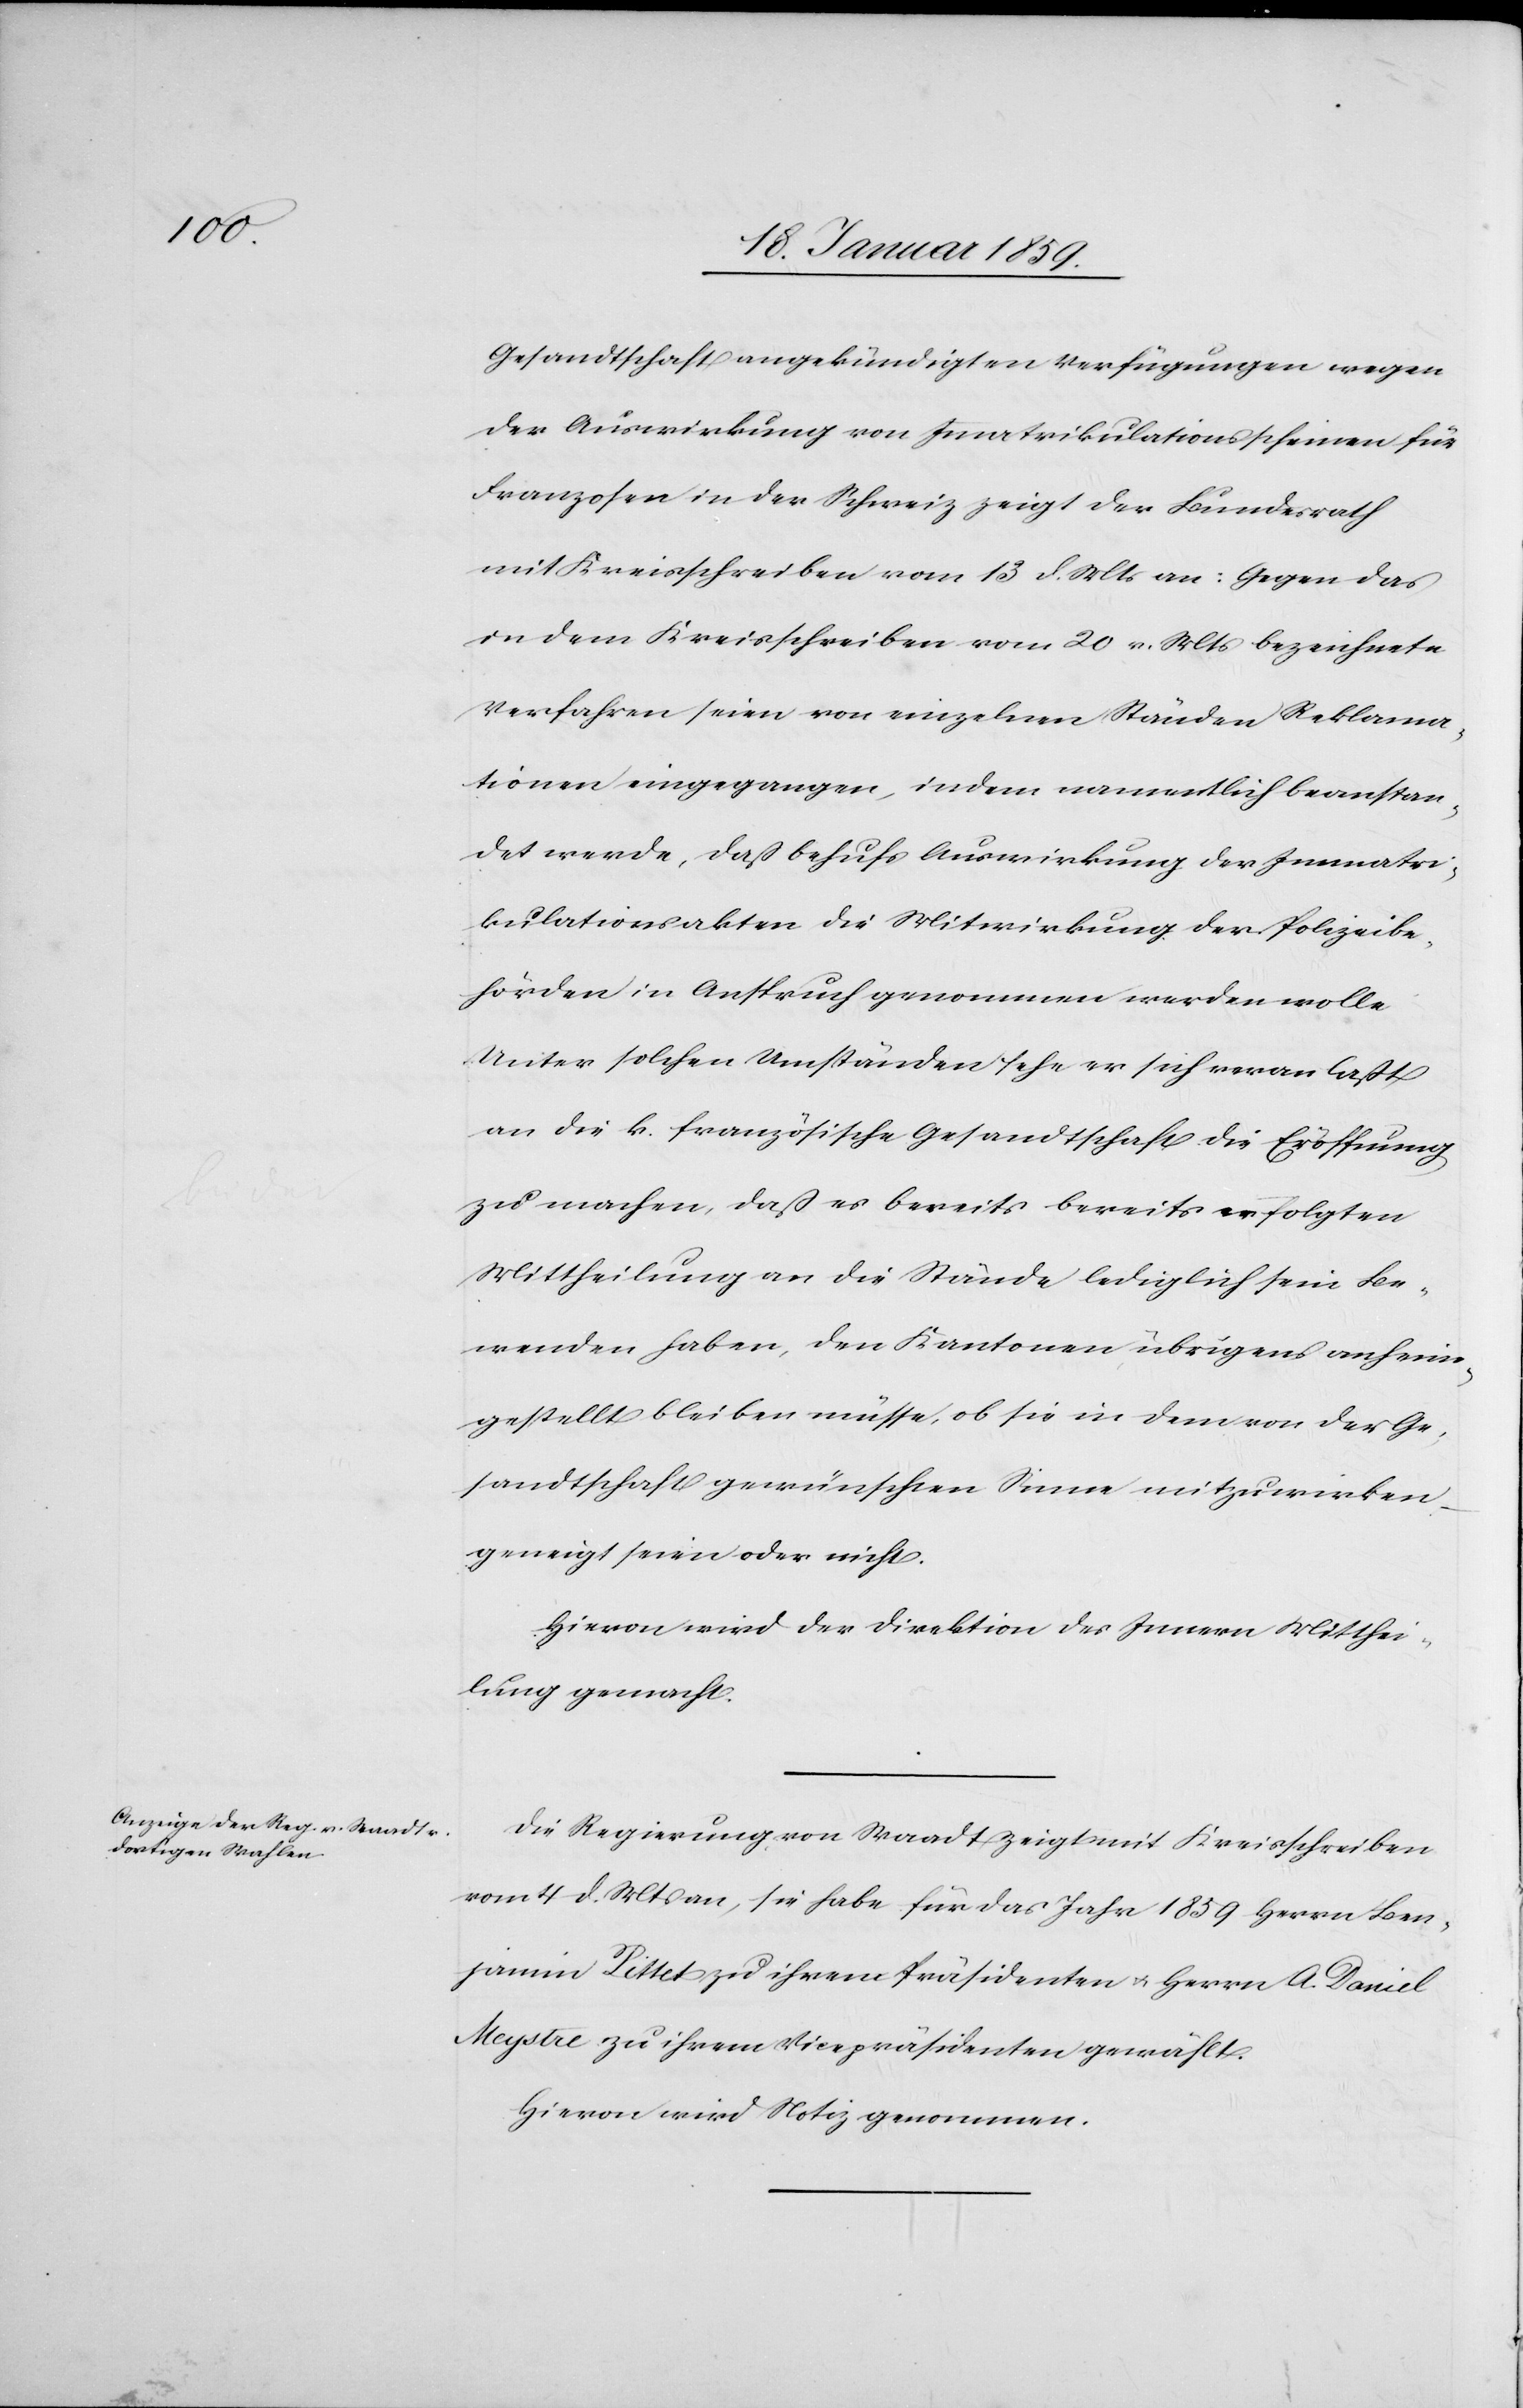
Gesandtschaft angekündigten Verfügungen wegen
der Auswirkung von Immatrikulationsscheinen für
Franzosen in der Schweiz zeigt der Bundesrath
mit Kreisschreiben vom 13 d. Mts an: Gegen das
in dem Kreisschreiben vom 20 v. Mts bezeichnete
Verfahren seien von einzelnen Ständen Reklama¬
tionen eingegangen, indem namentlich beanstan¬
det werde, daß behufs Auswirkung der Immatri¬
kulationsakten die Mitwirkung der Polizeibe¬
hörden in Anspruch genommen werden wolle.
Unter solchen Umständen sehe er sich veranlaßt
an die k. französische Gesandtschaft die Eröffnung
zu machen, daß es bereits bereits [sic!] erfolgten
Mittheilung an die Stände lediglich sein Be¬
wenden haben, den Kantonen übrigens anheim¬
gestellt bleiben müsse, ob sie in dem von der Ge¬
sandtschaft gewünschten Sinne mitzuwirken
geneigt seien oder nicht.
Hievon wird der Direktion des Innern Mitthei¬
lung gemacht.
Die Regierung von Waadt zeigt mit Kreisschreiben
vom 4 d. Mts an, sie habe für das Jahr 1859 Herrn Ben¬
jamin Pittet zu ihrem Präsidenten u. Herrn A. Daniel
Meystre zu ihrem Vizepräsidenten gewählt.
Hievon wird Notiz genommen.